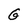
Character: G